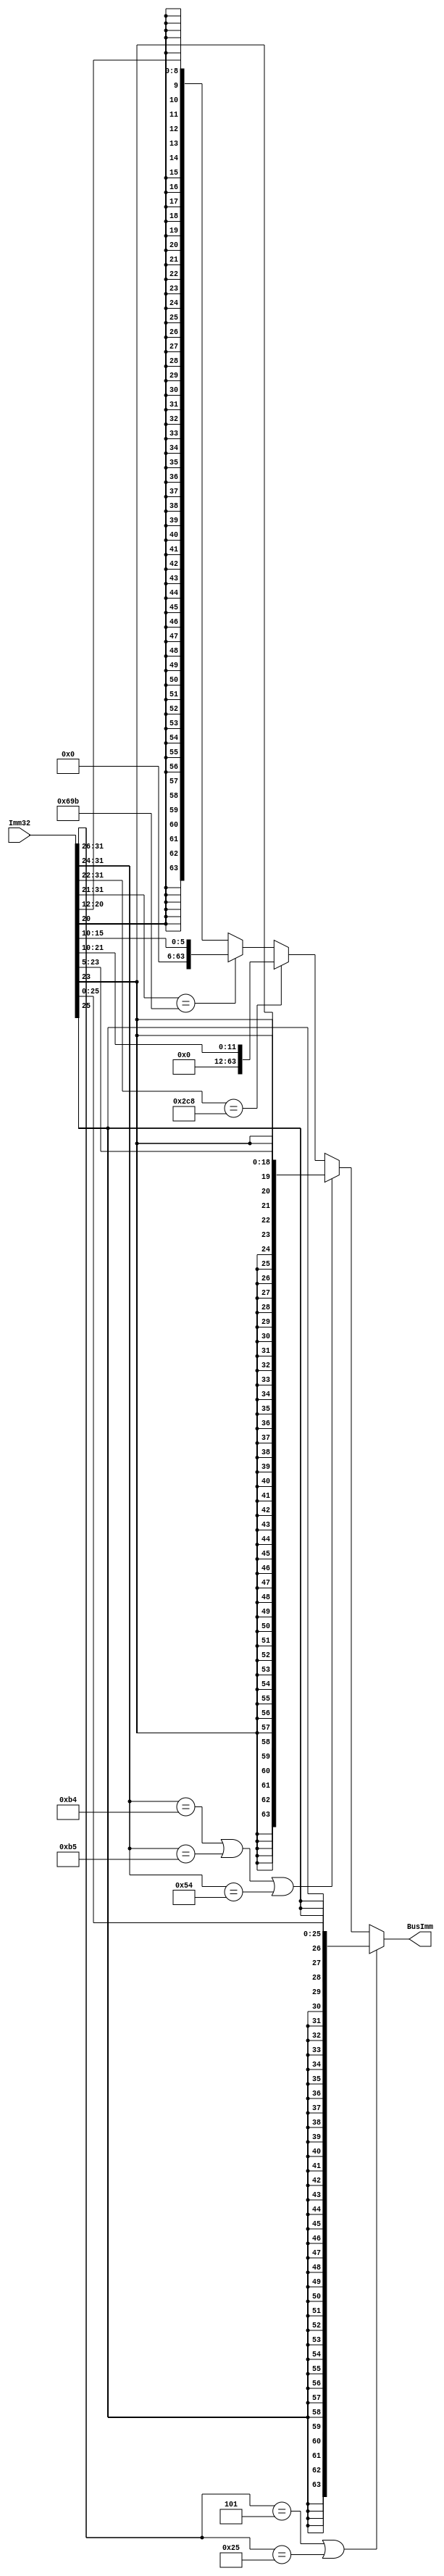
`timescale 1ns / 1ps
`define B     6'b000101
`define BL    6'b100101
`define Bcond 8'b01010100
`define CBZ   8'b10110100
`define CBNZ  8'b10110101
`define ORI   10'b1011001000
`define LSL   11'b11010011011

module SignExtender(BusImm, Imm32);
   output reg [63:0] BusImm;
   input [31:0]      Imm32;
   reg 		     extBit;
   
   always @(*)
     if ((Imm32[31:26] == `B) | (Imm32[31:26] == `BL))
       begin
	  extBit = Imm32[25];
	  BusImm = {{38{extBit}}, Imm32[25:0]};
       end
     else if ((Imm32[31:24] == `CBZ) | (Imm32[31:24] == `CBNZ) | (Imm32[31:24] == `Bcond))
       begin
	  extBit = Imm32[23];
	  BusImm = {{45{extBit}}, Imm32[23:5]};
       end
     else if (Imm32[31:22] == `ORI)
       begin
	  extBit = 1'b0;
	  BusImm = {{52{extBit}}, Imm32[21:10]};
       end
     else if (Imm32[31:21] == `LSL)
       begin
	  extBit = 1'b0;
	  BusImm = {{58{extBit}}, Imm32[15:10]};
       end
     else
       begin
	  extBit = Imm32[20];
	  BusImm = {{55{extBit}}, Imm32[20:12]};
       end
endmodule // SignExtender